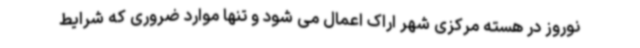
نوروز در هسته مرکزی شهر اراک اعمال می شود و تنها موارد ضروری که شرایط